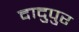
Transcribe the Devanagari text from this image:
दादुपुर